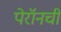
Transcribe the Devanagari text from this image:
पेरॉनची